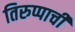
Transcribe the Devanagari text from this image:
तिरुप्पाची